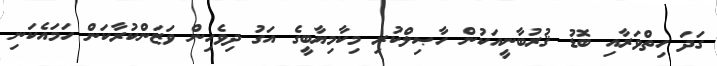
ގަދަ ހިތްވަރާއި ބޮޑު ޤުރުބާނީއަކުން ހާޞިލްކުރި މިކާމިޔާބީގެ އަގު ދިވެހިން ވަޒަންކުރާކަން ހަމައެކަނި